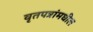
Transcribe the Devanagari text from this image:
वृतपत्रांमधील